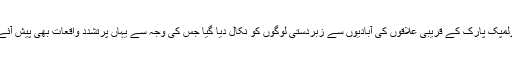
اولمپک پارک کے قریبی علاقوں کی آبادیوں سے زبردستی لوگوں کو نکال دیا گیا جس کی وجہ سے یہاں پرتشدد واقعات بھی پیش آئے۔